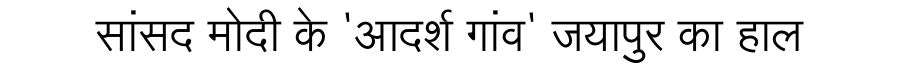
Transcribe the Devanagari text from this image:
सांसद मोदी के 'आदर्श गांव' जयापुर का हाल